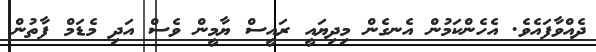
ދެއްވާފައެވެ. އެހެންކަމުން އެނގެން މިދިޔައީ ރައީސް ޔާމީން ވެސް އަދި މެޑަމް ފާތުން